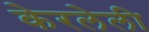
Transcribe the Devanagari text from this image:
केरलेली